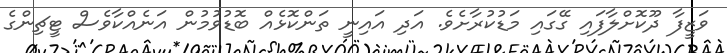
ވަޒީފާ ދޫކޮށްލާފައި ގޭގައި މަޑުކުރާށެވެ. އަދި އައިނީ ތަންކޮޅެއް ބޮޑުވުމުން އަނެއްކާވެސް ޓީޗިންގެ